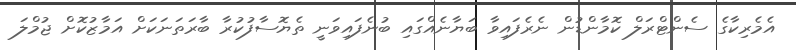
އެމެރިކާގެ ސެންޓްރަލް ކޮމާންޑުން ނެރެފައިވާ ބަޔާނެއްގައި ބުނެފައިވަނީ ތެޔޮސާފުކުރާ ބާރަތަނަކަށް އަމާޒުކޮށް ޖުމްލަ